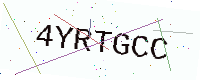
Text: 4YRTGCC